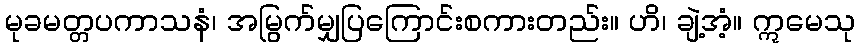
မုခမတ္တပကာသနံ၊ အမြွက်မျှပြကြောင်းစကားတည်း။ ဟိ၊ ချဲ့အံ့။ ဣမေသု